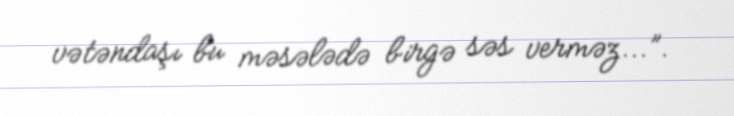
vətəndaşı bu məsələdə birgə səs verməz...”.